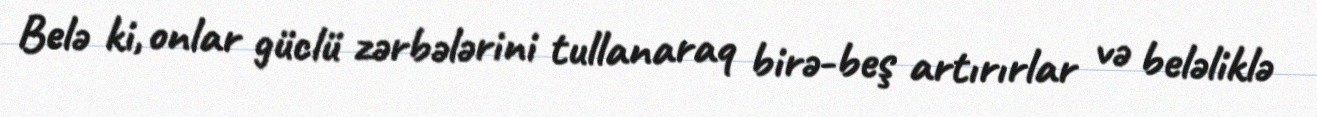
Belə ki, onlar güclü zərbələrini tullanaraq birə-beş artırırlar və beləliklə